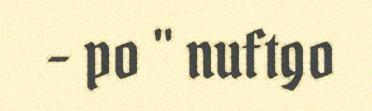
- po " nuftgo